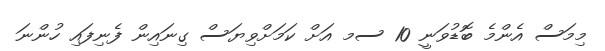
މިމަސް އެންމެ ބޮޑުވަނީ 10 ސމ އަށް ކަމަށްވިޔަސް ގިނައިން ފެނިފައި ހުންނަ